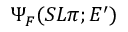
\Psi _ { F } ( S L \pi ; E ^ { \prime } )